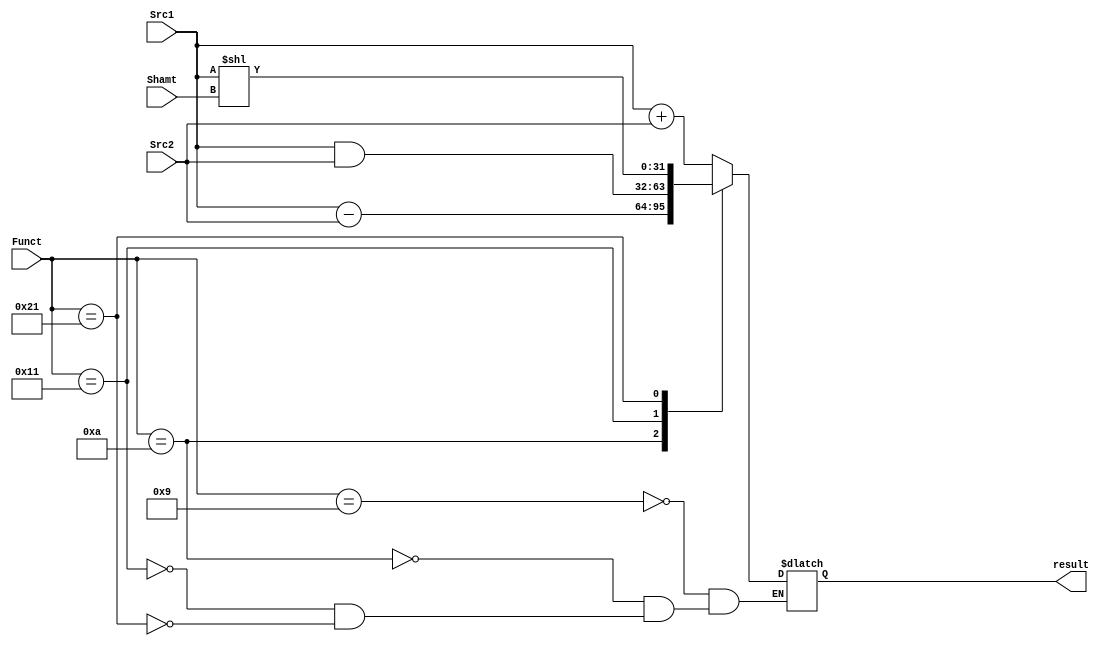
`define addu 6'b 001001
`define subu 6'b 001010
`define AND  6'b 010001
`define sll  6'b 100001

module ALU(
    input    [31:0]  Src1,
    input    [31:0]  Src2,
    input    [4:0]   Shamt,
    input    [5:0]   Funct,
    output  reg  [31:0]  result
)/* synthesis syn_black_box */;

always@(Funct or Shamt or Src1 or Src2)
    begin
        case (Funct)
            `addu : result = Src1 +  Src2;
            `subu : result = Src1 -  Src2;
            `AND  : result = Src1 &  Src2;
            `sll  : result = Src1 << Shamt;
            default: result = result; // if Funct is not same as above, then the result will be the same value.
        endcase
    end


endmodule